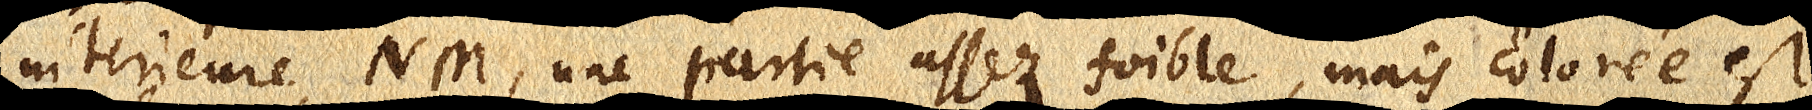
interieure NM. une partie assez foible, mais colorée est